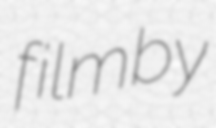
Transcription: film by